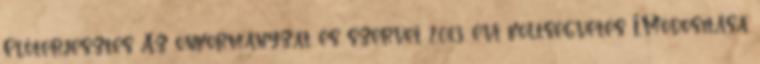
Előterjesztés Az önkormányzat és szervei 2013. évi költségvetés I.Módosítása